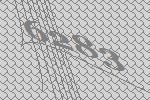
6283